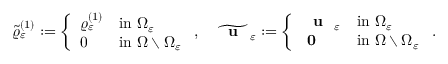
\begin{array} { r } { \widetilde { \varrho } _ { \varepsilon } ^ { ( 1 ) } : = \left\{ \begin{array} { l l } { \varrho _ { \varepsilon } ^ { ( 1 ) } } & { \mathrm { i n ~ } \Omega _ { \varepsilon } } \\ { 0 } & { \mathrm { i n ~ } \Omega \setminus \Omega _ { \varepsilon } } \end{array} \right. , \quad \widetilde { \textbf { \textup { u } } } _ { \varepsilon } : = \left\{ \begin{array} { l l } { \textbf { \textup { u } } _ { \varepsilon } } & { \mathrm { i n ~ } \Omega _ { \varepsilon } } \\ { \textbf { 0 } } & { \mathrm { i n ~ } \Omega \setminus \Omega _ { \varepsilon } } \end{array} \right. . } \end{array}